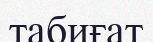
табиғат